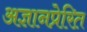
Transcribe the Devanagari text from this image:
अज्ञानप्रेरित